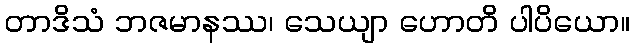
တာဒိသံ ဘဇမာနဿ၊ သေယျာ ဟောတိ ပါပိယော။